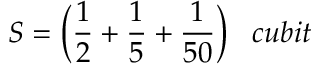
S = { \bigg ( } { \frac { 1 } { 2 } } + { \frac { 1 } { 5 } } + { \frac { 1 } { 5 0 } } { \bigg ) } \; \; \; c u b i t